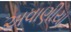
અવાણીયા